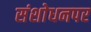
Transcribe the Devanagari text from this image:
संशाेधनपर